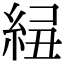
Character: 𥿲